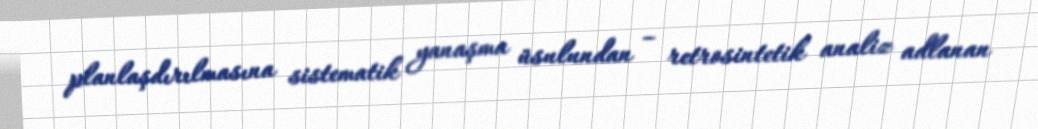
planlaşdırılmasına sistematik yanaşma üsulundan – retrosintetik analiz adlanan